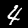
Digit: 4